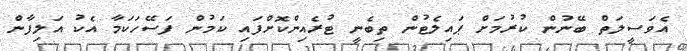
އެވަސީލަތް ބޭނުން ކުރުމަށް ޕައިލެޓުން ތިބެނީ ޓުރެއިންކޮށްފައި ކަމުން ފަސޭހަކަމާ އެކު އަލިފާން